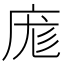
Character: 庬